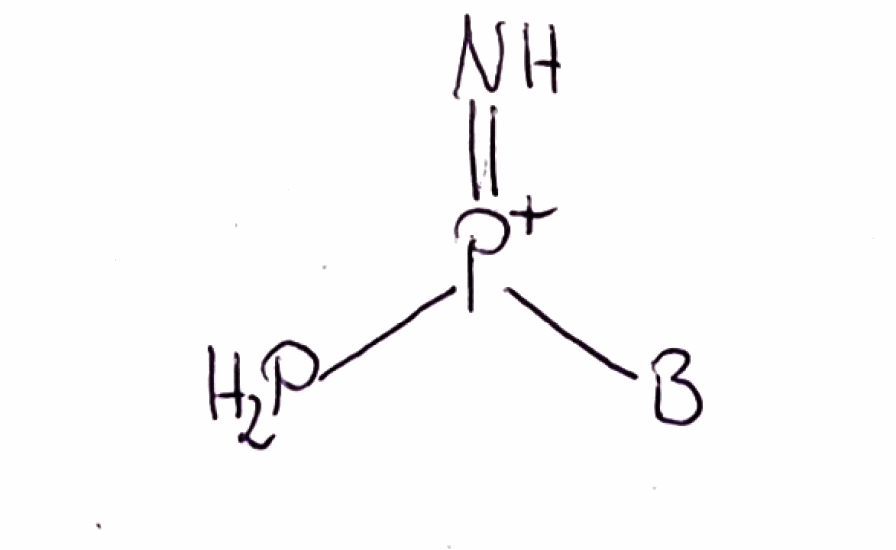
Simplified molecular-input line-entry system (SMILES) notation of the given molecule:
[B][P+](=N)P